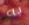
به